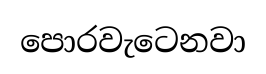
පොරවැටෙනවා